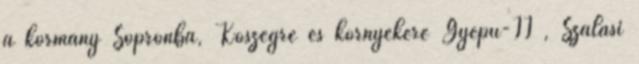
a kormány Sopronba, Kõszegre és környékére Gyepû-II , Szálasi